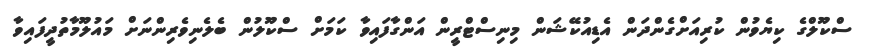
ސްކޫލްގެ ކިޔެވުން ކުރިއަށްގެންދަން އެޑިއުކޭޝަން މިނިސްޓްރީން އަންގާފައިވާ ކަމަށް ސްކޫލުން ބެލެނިވެރިންނަށް މައުލޫމާތުދީފައިވާ